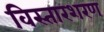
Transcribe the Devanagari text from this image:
विस्तारशरण